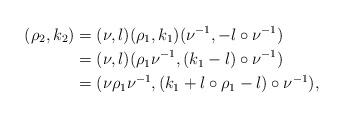
LaTeX: \begin{align*}(\rho_2,k_2) &= (\nu,l) (\rho_1,k_1)(\nu^{-1},-l\circ \nu^{-1}) \\&=(\nu,l) (\rho_1\nu^{-1},(k_1-l)\circ\nu^{-1}) \\&=(\nu\rho_1\nu^{-1},(k_1+l\circ\rho_1-l)\circ \nu^{-1}),\end{align*}